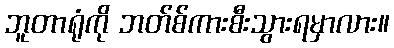
ဘူတာရုံကို ဘတ်စ်ကားစီးသွားရမှာလား။